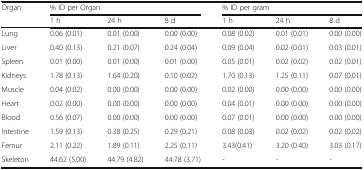
<table><thead><tr><td rowspan="2"><b>Organ</b></td><td colspan="3"><b>% ID per Organ</b></td><td colspan="3"><b>% ID per gram</b></td></tr><tr><td><b>1 h</b></td><td><b>24 h</b></td><td><b>8 d</b></td><td><b>1 h</b></td><td><b>24 h</b></td><td><b>8 d</b></td></tr></thead><tbody><tr><td>Lung</td><td>0.06 (0.01)</td><td>0.01 (0.00)</td><td>0.00 (0.00)</td><td>0.08 (0.02)</td><td>0.01 (0.01)</td><td>0.00 (0.00)</td></tr><tr><td>Liver</td><td>0.40 (0.13)</td><td>0.21 (0.07)</td><td>0.24 (0.04)</td><td>0.09 (0.04)</td><td>0.02 (0.01)</td><td>0.03 (0.01)</td></tr><tr><td>Spleen</td><td>0.01 (0.00)</td><td>0.01 (0.00)</td><td>0.01 (0.00)</td><td>0.05 (0.01)</td><td>0.02 (0.02)</td><td>0.02 (0.01)</td></tr><tr><td>Kidneys</td><td>1.78 (0.13)</td><td>1.64 (0.20)</td><td>0.10 (0.02)</td><td>1.70 (0.13)</td><td>1.25 (0.11)</td><td>0.07 (0.01)</td></tr><tr><td>Muscle</td><td>0.04 (0.02)</td><td>0.00 (0.00)</td><td>0.00 (0.00)</td><td>0.02 (0.00)</td><td>0.00 (0.00)</td><td>0.00 (0.00)</td></tr><tr><td>Heart</td><td>0.02 (0.00)</td><td>0.00 (0.00)</td><td>0.00 (0.00)</td><td>0.04 (0.01)</td><td>0.00 (0.00)</td><td>0.00 (0.00)</td></tr><tr><td>Blood</td><td>0.56 (0.07)</td><td>0.00 (0.00)</td><td>0.00 (0.00)</td><td>0.07 (0.01)</td><td>0.00 (0.00)</td><td>0.00 (0.00)</td></tr><tr><td>Intestine</td><td>1.59 (0.13)</td><td>0.38 (0.25)</td><td>0.29 (0.21)</td><td>0.08 (0.03)</td><td>0.02 (0.02)</td><td>0.02 (0.02)</td></tr><tr><td>Femur</td><td>2.11 (0.22)</td><td>1.89 (0.11)</td><td>2.25 (0.11)</td><td>3.43(0.41)</td><td>3.20 (0.40)</td><td>3.03 (0.17)</td></tr><tr><td>Skeleton</td><td>44.62 (5.00)</td><td>44.79 (4.82)</td><td>44.78 (3.71)</td><td>-</td><td>-</td><td>-</td></tr></tbody></table>